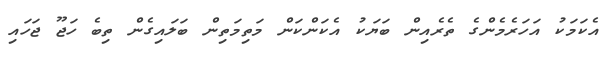
އެކަމަކު އަހަރެމެންގެ ތެރެއިން ބަޔަކު އެކަންކަން މަތިމަތިން ބަލައިގެން ތިބެ ހަޖޫ ޖަހައި